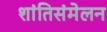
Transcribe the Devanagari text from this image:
शांतिसंमेलन